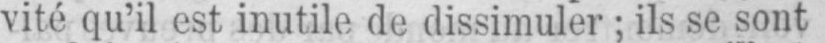
vité qu’y est inutile de dissimuler; ils se sont